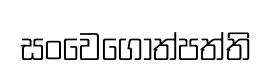
සංවෙගොත්පත්ති